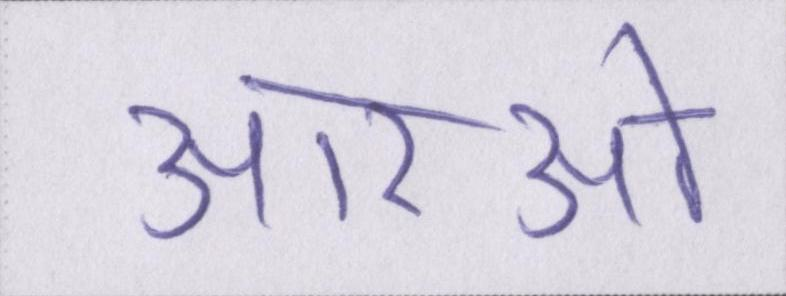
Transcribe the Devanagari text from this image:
आरओ